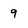
Character: 9